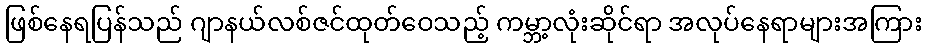
ဖြစ်နေရပြန်သည် ဂျာနယ်လစ်ဇင်ထုတ်ဝေသည့် ကမ္ဘာ့လုံးဆိုင်ရာ အလုပ်နေရာများအကြား